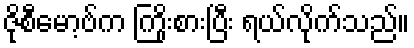
ဇိုစီမော့ဗ်က ကြိုးစားပြီး ရယ်လိုက်သည်။